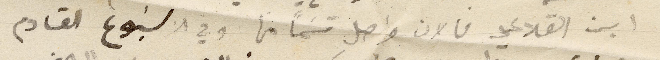
ابن القلاعي فالان واصل قسَماً منها وفي الاسبوع القادم